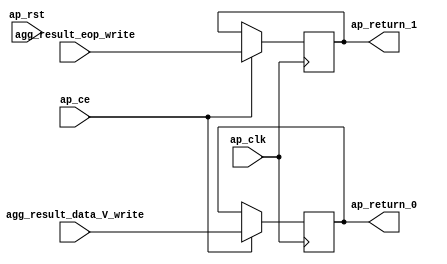
// ==============================================================
// RTL generated by Vivado(TM) HLS - High-Level Synthesis from C, C++ and SystemC
// Version: 2017.4.op
// Copyright (C) 1986-2018 Xilinx, Inc. All Rights Reserved.
// 
// ===========================================================

`timescale 1 ns / 1 ps 

module reg_APP_Mult_Data_s (
        ap_clk,
        ap_rst,
        agg_result_data_V_write,
        agg_result_eop_write,
        ap_return_0,
        ap_return_1,
        ap_ce
);


input   ap_clk;
input   ap_rst;
input  [511:0] agg_result_data_V_write;
input   agg_result_eop_write;
output  [511:0] ap_return_0;
output  [0:0] ap_return_1;
input   ap_ce;

reg[511:0] ap_return_0;
reg[0:0] ap_return_1;

wire    ap_block_state1_pp0_stage0_iter0;
wire    ap_block_state2_pp0_stage0_iter1;
wire    ap_block_pp0_stage0_11001;
wire    ap_block_pp0_stage0;

always @ (posedge ap_clk) begin
    if (((1'b0 == ap_block_pp0_stage0_11001) & (1'b1 == ap_ce))) begin
        ap_return_0 <= agg_result_data_V_write;
        ap_return_1 <= agg_result_eop_write;
    end
end

assign ap_block_pp0_stage0 = ~(1'b1 == 1'b1);

assign ap_block_pp0_stage0_11001 = ~(1'b1 == 1'b1);

assign ap_block_state1_pp0_stage0_iter0 = ~(1'b1 == 1'b1);

assign ap_block_state2_pp0_stage0_iter1 = ~(1'b1 == 1'b1);

endmodule //reg_APP_Mult_Data_s